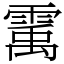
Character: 䨞